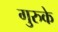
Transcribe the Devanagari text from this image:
गुरुके